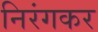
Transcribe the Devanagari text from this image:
निरंगकर